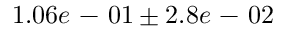
1 . 0 6 e \mathrm { ~ - ~ } 0 1 \pm 2 . 8 e \mathrm { ~ - ~ } 0 2